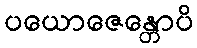
ပယောဇေန္တောပိ